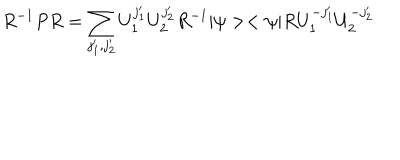
R ^ { - 1 } P R = \sum _ { j _ { 1 } ^ { \prime } , j _ { 2 } ^ { \prime } } U _ { 1 } ^ { j _ { 1 } ^ { \prime } } U _ { 2 } ^ { j _ { 2 } ^ { \prime } } R ^ { - 1 } | \psi > < \psi | R U _ { 1 } ^ { - j _ { 1 } ^ { \prime } } U _ { 2 } ^ { - j _ { 2 } ^ { \prime } }